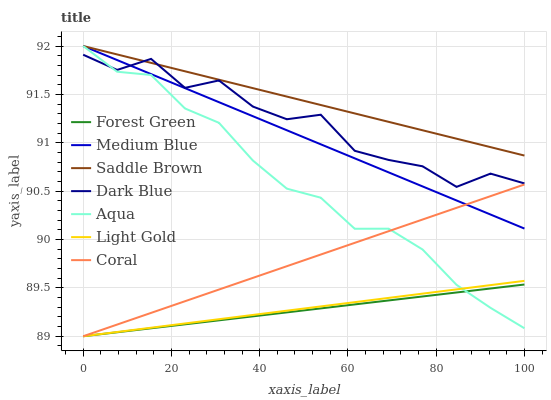
| xaxis_label | Forest Green | Medium Blue | Saddle Brown | Dark Blue | Aqua | Light Gold | Coral |
 | --- | --- | --- | --- | --- | --- | --- | --- |
 | 0 | 89 | 92 | 92 | 91.9 | 92 | 89 | 89 |
 | 7.69 | 89 | 91.9 | 91.9 | 91.8 | 91.7 | 89 | 89.1 |
 | 15.4 | 89.1 | 91.7 | 91.8 | 91.9 | 91.7 | 89.1 | 89.2 |
 | 23.1 | 89.1 | 91.6 | 91.7 | 91.6 | 91.4 | 89.1 | 89.4 |
 | 30.8 | 89.2 | 91.4 | 91.7 | 91.6 | 91.2 | 89.2 | 89.5 |
 | 38.5 | 89.2 | 91.3 | 91.6 | 91.4 | 90.8 | 89.2 | 89.6 |
 | 46.2 | 89.2 | 91.1 | 91.5 | 91.2 | 90.5 | 89.3 | 89.7 |
 | 53.8 | 89.3 | 91 | 91.4 | 91.3 | 90.4 | 89.3 | 89.8 |
 | 61.5 | 89.3 | 90.8 | 91.3 | 90.9 | 90.1 | 89.4 | 90 |
 | 69.2 | 89.4 | 90.7 | 91.2 | 90.8 | 90.1 | 89.4 | 90.1 |
 | 76.9 | 89.4 | 90.5 | 91.1 | 90.8 | 89.9 | 89.4 | 90.2 |
 | 84.6 | 89.5 | 90.4 | 91 | 90.5 | 89.5 | 89.5 | 90.3 |
 | 92.3 | 89.5 | 90.3 | 91 | 90.7 | 89.3 | 89.5 | 90.4 |
 | 100 | 89.5 | 90.1 | 90.9 | 90.6 | 89.1 | 89.6 | 90.6 |